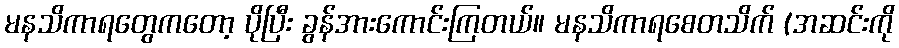
မနသိကာရတွေကတော့ ပိုပြီး ခွန်အားကောင်းကြတယ်။ မနသိကာရစေတသိက် (အဆင်းကို